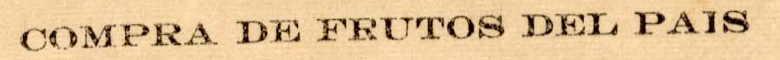
COMPRA DE FRUTOS DEL PAIS